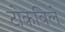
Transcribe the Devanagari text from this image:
टोकविले